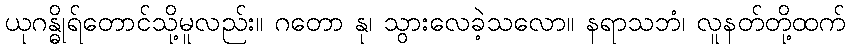
ယုဂန္ဓိုရ်တောင်သို့မူလည်း။ ဂတော နု၊ သွားလေခဲ့သလော။ နရာသဘံ၊ လူနတ်တို့ထက်